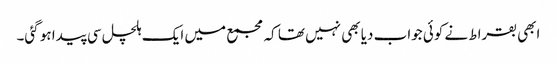
ابھی بقراط نے کوئی جواب دیا بھی نہیں تھا کہ مجمع میں ایک ہلچل سی پیدا ہو گئی۔